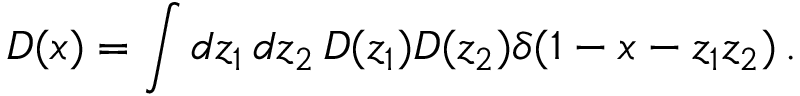
{ \cal D } ( x ) = \int d z _ { 1 } \, d z _ { 2 } \, D ( z _ { 1 } ) D ( z _ { 2 } ) \delta ( 1 - x - z _ { 1 } z _ { 2 } ) \, .